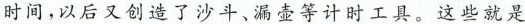
时间，以后又创造了沙斗、漏壶等计时工具。这些就是